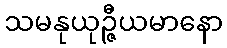
သမနုယုဉ္ဇီယမာနော